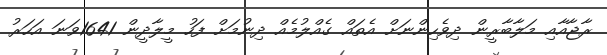
ރާޖާއާއި މަލާބާރީން ދިވެހިންނަށް އެތައް ގެއްލުމެއް ދިނުމަށް ފަހު މީލާދީން 1641ވަނަ އަހަރު